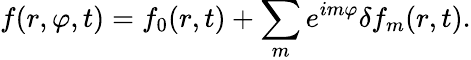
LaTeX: f(r,\varphi,t)=f_{0}(r,t)+\sum_{m}e^{im\varphi}\delta f_{m}(r,t).